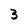
Character: 3